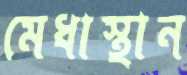
মেধাস্থান